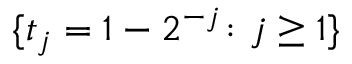
\{ t _ { j } = 1 - 2 ^ { - j } \colon j \geq 1 \}